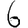
Digit: 6